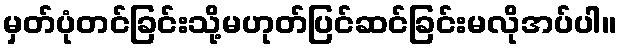
မှတ်ပုံတင်ခြင်းသို့မဟုတ်ပြင်ဆင်ခြင်းမလိုအပ်ပါ။